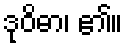
ဒုဝိဓာ၊ ၏။